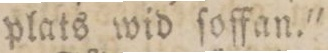
plats wid ſoffan.'